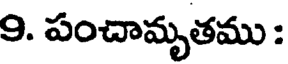
9. పంచామృతము :